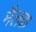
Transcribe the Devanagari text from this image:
मैलक